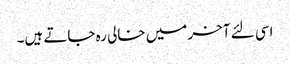
اسی لئے آخر میں خالی رہ جاتے ہیں۔